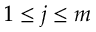
1 \leq j \leq m